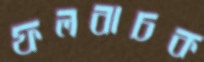
ফলবাচক